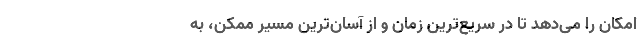
امکان را می‌دهد تا در سریع‌ترین زمان و از آسان‌ترین مسیر ممکن، به